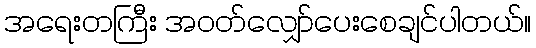
အရေးတကြီး အဝတ်လျှော်ပေးစေချင်ပါတယ်။